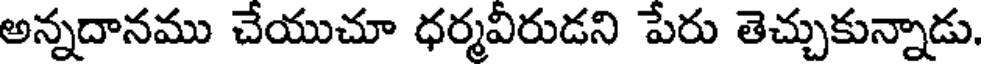
అన్నదానము చేయుచూ ధర్మవీరుడని పేరు తెచ్చుకున్నాడు.